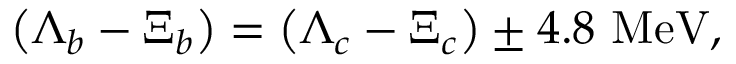
\left( \Lambda _ { b } - \Xi _ { b } \right) = \left( \Lambda _ { c } - \Xi _ { c } \right) \pm 4 . 8 ~ \mathrm { M e V } ,